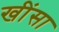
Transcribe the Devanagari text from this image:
खींसा